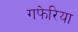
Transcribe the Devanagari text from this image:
गफेरिया